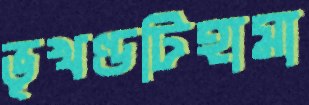
ভূখণ্ডটিহামা